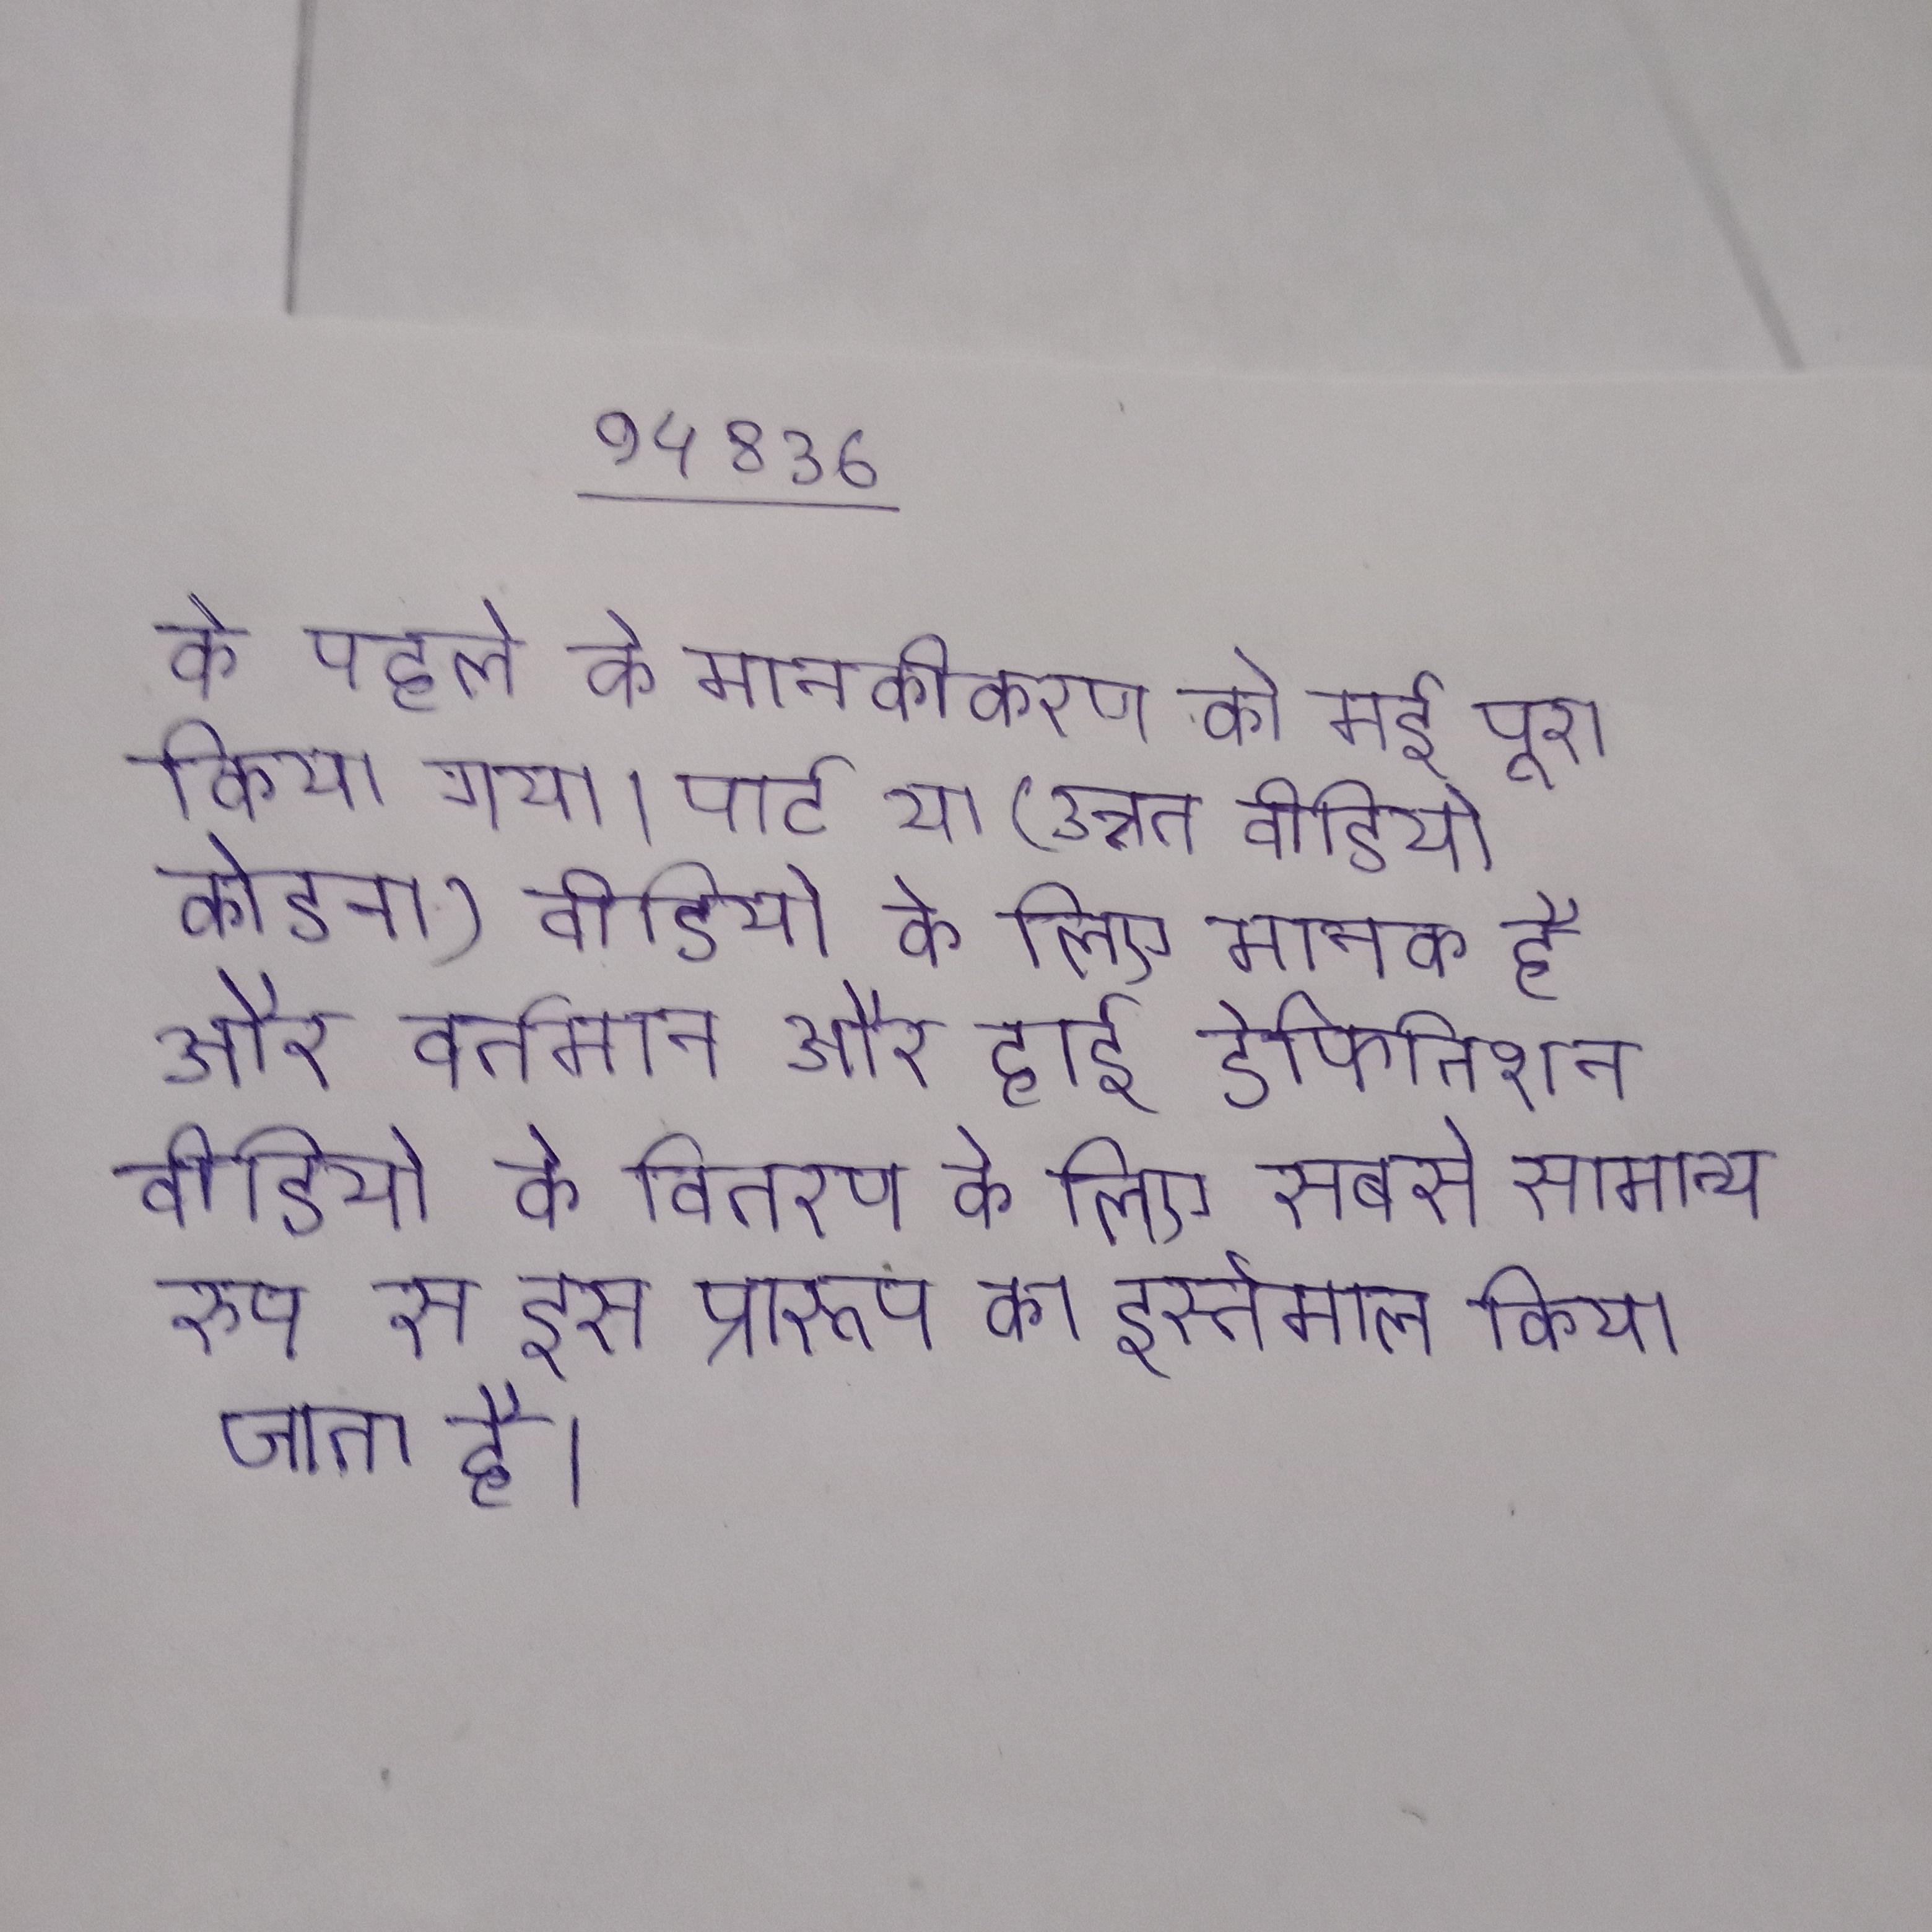
के पहले के मानकीकरण को मई पूरा किया गया । पार्ट या (उन्नत वीडियो कोडन) वीडियो के लिए मानक है और वर्तमान और हाई डेफिनिशन वीडियो के वितरण के लिए सबसे सामान्य रूप से इस प्रारूप का इस्तेमाल किया जाता है ।